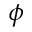
\phi